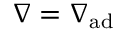
\ensuremath { \nabla } = \ensuremath { \nabla _ { \mathrm { { a d } } } }